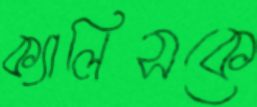
ক্যালিসকে